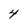
Character: 4